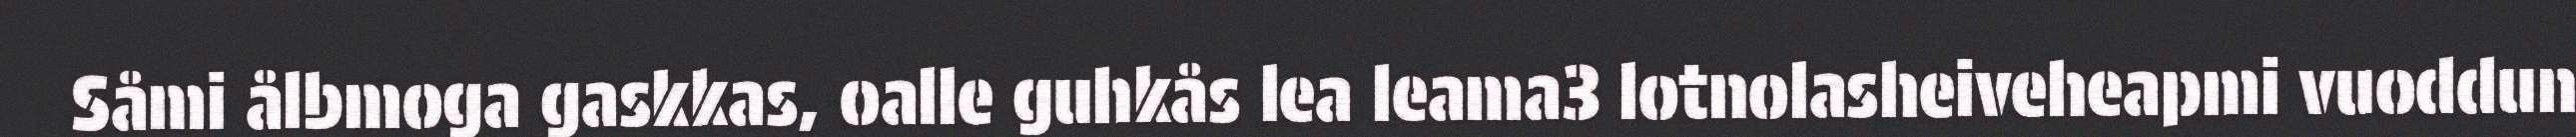
Såmi ålbmoga gaskkas, oalle guhkås lea leama3 lotnolasheiveheapmi vuoddun